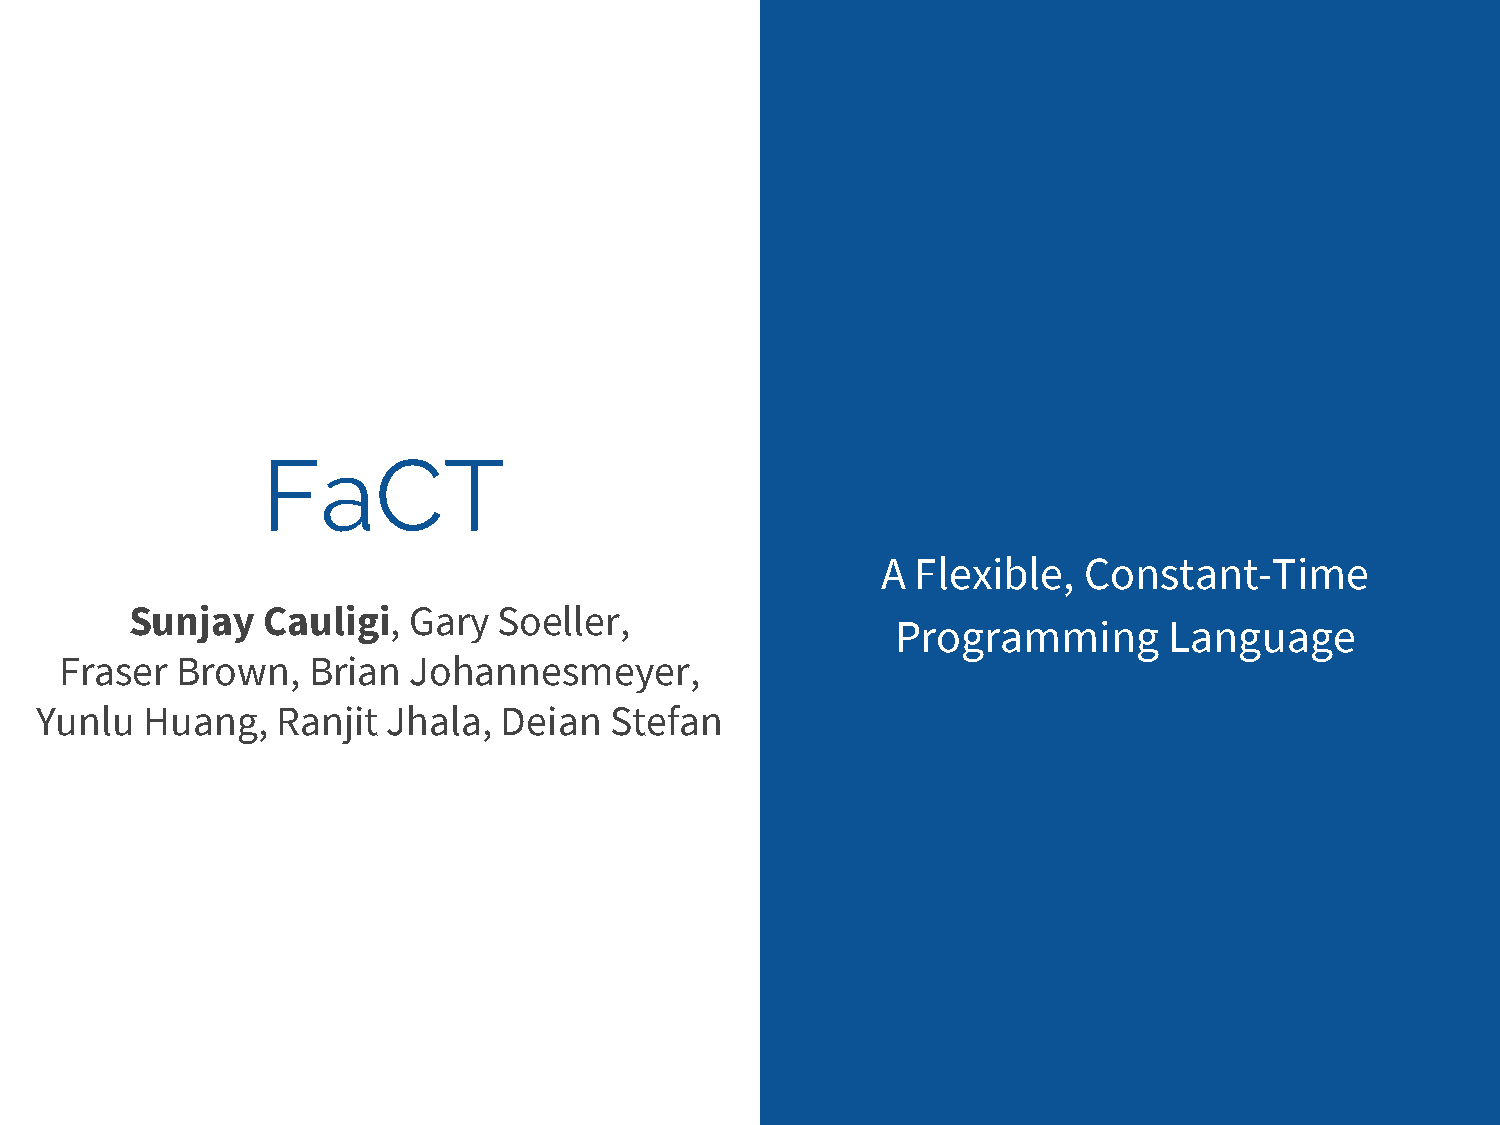
FaCT
 A  Flexible,  Constant-Time
 Sunjay  Cauligi,  Gary  Soeller,
 Programming       Language
 Fraser  Brown,  Brian  Johannesmeyer,
 Yunlu  Huang,   Ranjit  Jhala, Deian  Stefan